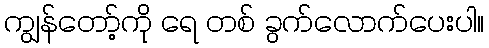
ကျွန်တော့်ကို ရေ တစ် ခွက်လောက်ပေးပါ။